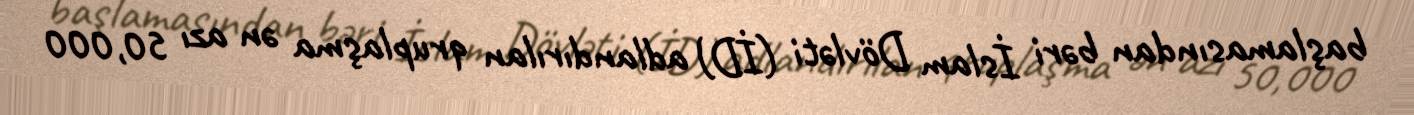
başlamasından bəri İslam Dövləti (İD) adlandırılan qruplaşma ən azı 50,000